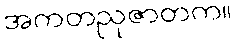
အကတညုဇာတက။